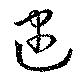
逮